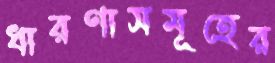
ধারণাসমূহের